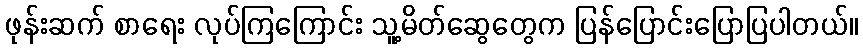
ဖုန်းဆက် စာရေး လုပ်ကြကြောင်း သူ့မိတ်ဆွေတွေက ပြန်ပြောင်းပြောပြပါတယ်။